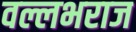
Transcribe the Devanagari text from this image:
वल्लभराज